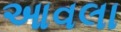
આવલા